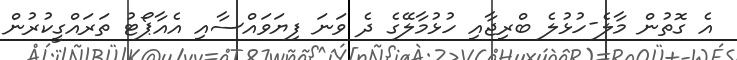
އެ ގޮތުން މާލެ-ހުޅުލެ ބްރިޖާއި ހުޅުމާލޭގެ ދެ ވަނަ ފިޔަވައްސާއި އެއާޕޯޓު ތަރައްގީކުރުން